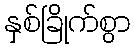
နှစ်ခြိုက်စွာ